Report of the Indian Hemp Drugs Commission, 1894-1895 - Volume V
Year: 1894
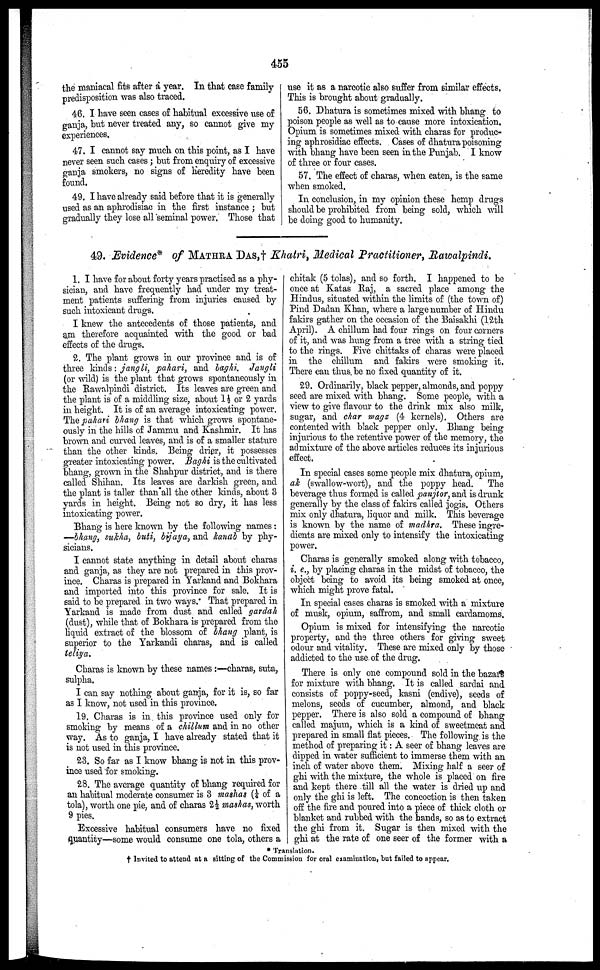
the maniacal fits after a year. In that case family
predisposition was also traced.
46. I have seen cases of habitual excessive use of
ganja, but never treated any, so cannot give my
experiences.
47. I cannot say much on this point, as I have
never seen such cases; but from enquiry of excessive
ganja smokers, no signs of heredity have been
found.
49. I have already said before that it is generally
used as an aphrodisiac in the first instance ; but
gradually they lose all seminal power. Those that
use it as a narcotic also suffer from similar effects.
This is brought about gradually.
56. Dhatura is sometimes mixed with bhang to
poison people as well as to cause more intoxication.
Opium is sometimes mixed with charas for produc-
ing aphrosidiac effects. Cases of dhatura poisoning
with bhang have been seen in the Punjab. I know
of three or four cases.
57. The effect of charas, when eaten, is the same
when smoked.
In conclusion, in my opinion these hemp drugs
should be prohibited from being sold, which will
be doing good to humanity.
49. Evidence* of MATHRA DAS,† Khatri, Medical Practitioner, Rawalpindi.
1. I have for about forty years practised as a phy-
sician, and have frequently had under my treat-
ment patients suffering from injuries caused by
such intoxicant drugs.
I knew the antecedents of those patients, and
am therefore acquainted with the good or bad
effects of the drugs.
2. The plant grows in our province and is of
three kinds: jangli, pahari, and baghi. Jangli
(or wild) is the plant that grows spontaneously in
the Rawalpindi district. Its leaves are green and
the plant is of a middling size, about 1½ or 2 yards
in height. It is of an average intoxicating power.
The pahari bhang is that which grows spontane-
ously in the hills of Jammu and Kashmir. It has
brown and curved leaves, and is of a smaller stature
thanu the other kinds. Being drier, it possesses
greater intoxicating power. Baghi is the cultivated
bhang, grown in the Shahpur district, and is there
called Shihan. Its leaves are darkish green, and
the plant is taller than all the other kinds, about 3
yards in height. Being not so dry, it has less
intoxicating power.
Bhang is here known by the following names:
—bhang, sukha, buti, bijaya, and kanab by phy-
sicians.
I cannot state anything in detail about charas
and ganja, as they are not prepared in this prov-
ince. Charas is prepared in Yarkand and Bokhara
and imported into this province for sale. It is
said to be prepared in two ways. That prepared in
Yarkand is made from dust and called gardah
(dust), while that of Bokhara is prepared from the
liquid extract of the blossom of bhang plant, is
superior to the Yarkandi charas, and is called
teliya.
Charas is known by these names :—charas, suta,
sulpha.
I can say nothing about ganja, for it is, so far
as I know, not used in this province.
19. Charas is in this province used only for
smoking by means of a chilhm and in no other
way. As to ganja, I have already stated that it
is not used in this province.
23. So far as I know bhang is not in this prov-
ince used for smoking.
28. The average quantity of bhang required for
an habitual moderate consumer is 3 mashas (¼ of a
tola), worth one pie, and of charas 2½ mash as, worth
9 pies.
Excessive habitual consumers have no fixed
quantity—some would consume one tola, others a
chitak (5 tolas), and so forth. I happened to be
once at Katas Raj, a sacred place among the
Hindus, situated within the limits of (the town of)
Pind Datlan Khan, where a large number of Hindu
fakirs gather on the occasion of the Baisakhi (12th
April). A chillum had four rings on four corners
of it, and was hung from a tree with a string tied
to the rings. Five chittaks of charas were placed
in the chillum and fakirs were smoking it.
There can thus be no fixed quantity of it.
29. Ordinarily, black pepper, almonds, and poppy
seed are mixed with bhang. Some people, with a
view to give flavour to the drink mix also milk,
sugar, and char magz (4 kernels). Others are
contented with black pepper only. Bhang being
injurious to the retentive power of the memory, the
admixture of the above articles reduces its injurious
effect.
In special cases some people mix dhatura, opium,
ah (swallow-wort), and the poppy head. The
beverage thus formed is called panjtor, and is drunk
generally by the class of fakirs called jogis. Others
mix only dhatura, liquor and milk. This beverage
is known by the name of madhra. These ingre-
dients are mixed only to intensify the intoxicating
power.
Charas is generally smoked along with tobacco,
i. e., by placing charas in the midst of tobacco, the
object being to avoid its being smoked at once,
which might prove fatal.
In special cases charas is smoked with a mixture
of musk, opium, saffrom, and small cardamoms.
Opium is mixed for intensifying the narcotic
property, and the three others for giving sweet
odour and vitality. These are mixed only by those
addicted to the use. of the drug.
There is only one compound sold in the bazars
for mixture with bhang. It is called sardai and
consists of poppy-seed, kasni (endive), seeds of
melons, seeds of cucumber, almond, and black
pepper. There is also sold a compound of bhang
called majum, which is a kind of sweetmeat and
prepared in small flat pieces. The following is the
method of preparing it: A seer of bhang leaves are
dipped in water sufficient to immerse them with an
inch of water above them. Mixing half a seer of
ghi with the mixture, the whole is placed on fire
and kept there till all the water is dried up and
only the ghi is left. The concoction is then taken
off the fire and poured into a piece of thick cloth or
blanket and rubbed with the hands, so as to extract
the ghi from it. Sugar is then mixed with the
ghi at the rate of one seer of the former with a
* Transition.
† Invited to attend at a sitting of the Commission for oral examination, but failed to appear.